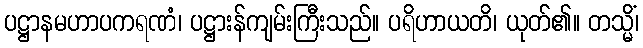
ပဋ္ဌာနမဟာပကရဏံ၊ ပဋ္ဌားန်ကျမ်းကြီးသည်။ ပရိဟာယတိ၊ ယုတ်၏။ တသ္မိံ၊